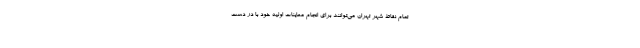
تمام نقاط شهر تهران می‌توانند برای انجام معاینات اولیه خود با در دست